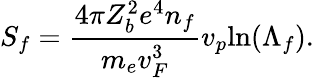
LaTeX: S_{f}=\frac{4\pi Z_{b}^{2}e^{4}n_{f}}{m_{e}v_{F}^{3}}v_{p}\mathrm{ln}(\Lambda_{f}).